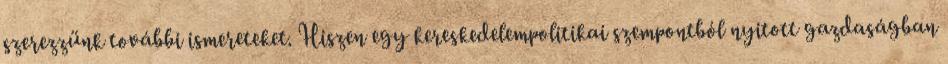
szerezzünk további ismereteket. Hiszen egy kereskedelempolitikai szempontból nyitott gazdaságban